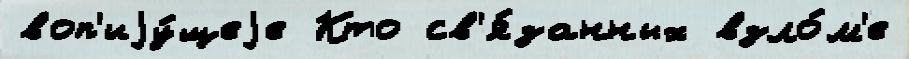
воп'иjу́щеjе Кто св'я́занных взло́м'е